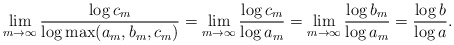
\begin{align*}\lim_{m\to\infty} \frac{\log c_m}{\log \max(a_m,b_m,c_m)} = \lim_{m\to\infty} \frac{\log c_m}{\log a_m} = \lim_{m\to\infty} \frac{\log b_m}{\log a_m} = \frac{\log b}{\log a}.\end{align*}